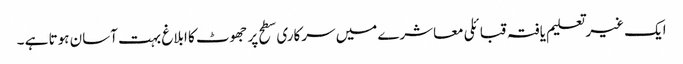
ایک غیر تعلیم یافتہ قبائلی معاشرے میں سرکاری سطح پر جھوٹ کا ابلاغ بہت آسان ہوتا ہے ۔